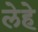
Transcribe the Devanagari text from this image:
लेहे